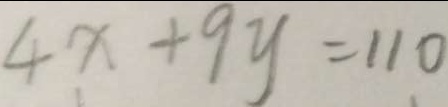
4 x + 9 y = 1 1 0